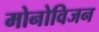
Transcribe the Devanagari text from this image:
मोनोविजन